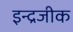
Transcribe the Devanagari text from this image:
इन्द्रजीक